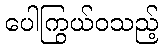
ပေါကြွယ်ဝသည့်